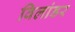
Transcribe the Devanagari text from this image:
विलांडर